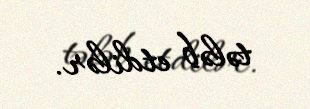
tələb etdilər.